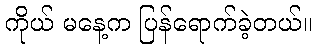
ကိုယ် မနေ့က ပြန်ရောက်ခဲ့တယ်။